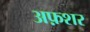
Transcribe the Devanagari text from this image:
अफ़शर